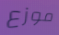
موزع